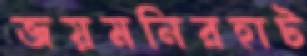
জয়মনিরহাট